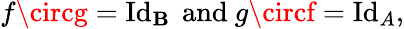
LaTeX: f\circg=\operatorname{Id}_{\mathbf{B}}{\mathrm{{~and~}}}g\circf=\operatorname{Id}_{A},